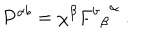
LaTeX: P ^ { \alpha b } = \chi ^ { \beta } { { F ^ { b } } _ { \beta } } ^ { \alpha } \ .